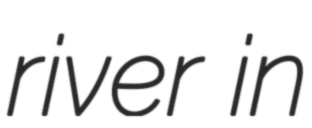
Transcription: river in